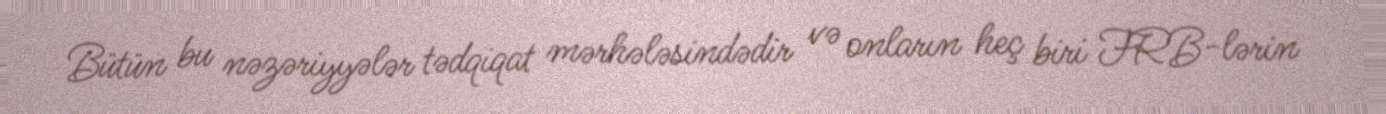
Bütün bu nəzəriyyələr tədqiqat mərhələsindədir və onların heç biri FRB-lərin